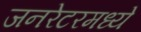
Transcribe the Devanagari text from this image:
जनरेटरमध्ये